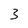
Character: 3